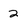
Character: 2